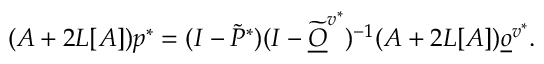
( A + 2 L [ A ] ) p ^ { * } = ( I - \widetilde P ^ { * } ) ( I - \widetilde { \underline { O } } ^ { v ^ { * } } ) ^ { - 1 } ( A + 2 L [ A ] ) \underline { o } ^ { v ^ { * } } .